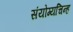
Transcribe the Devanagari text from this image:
संयोग्यचिन्ह